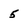
Character: 5